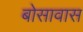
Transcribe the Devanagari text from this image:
बोसावास